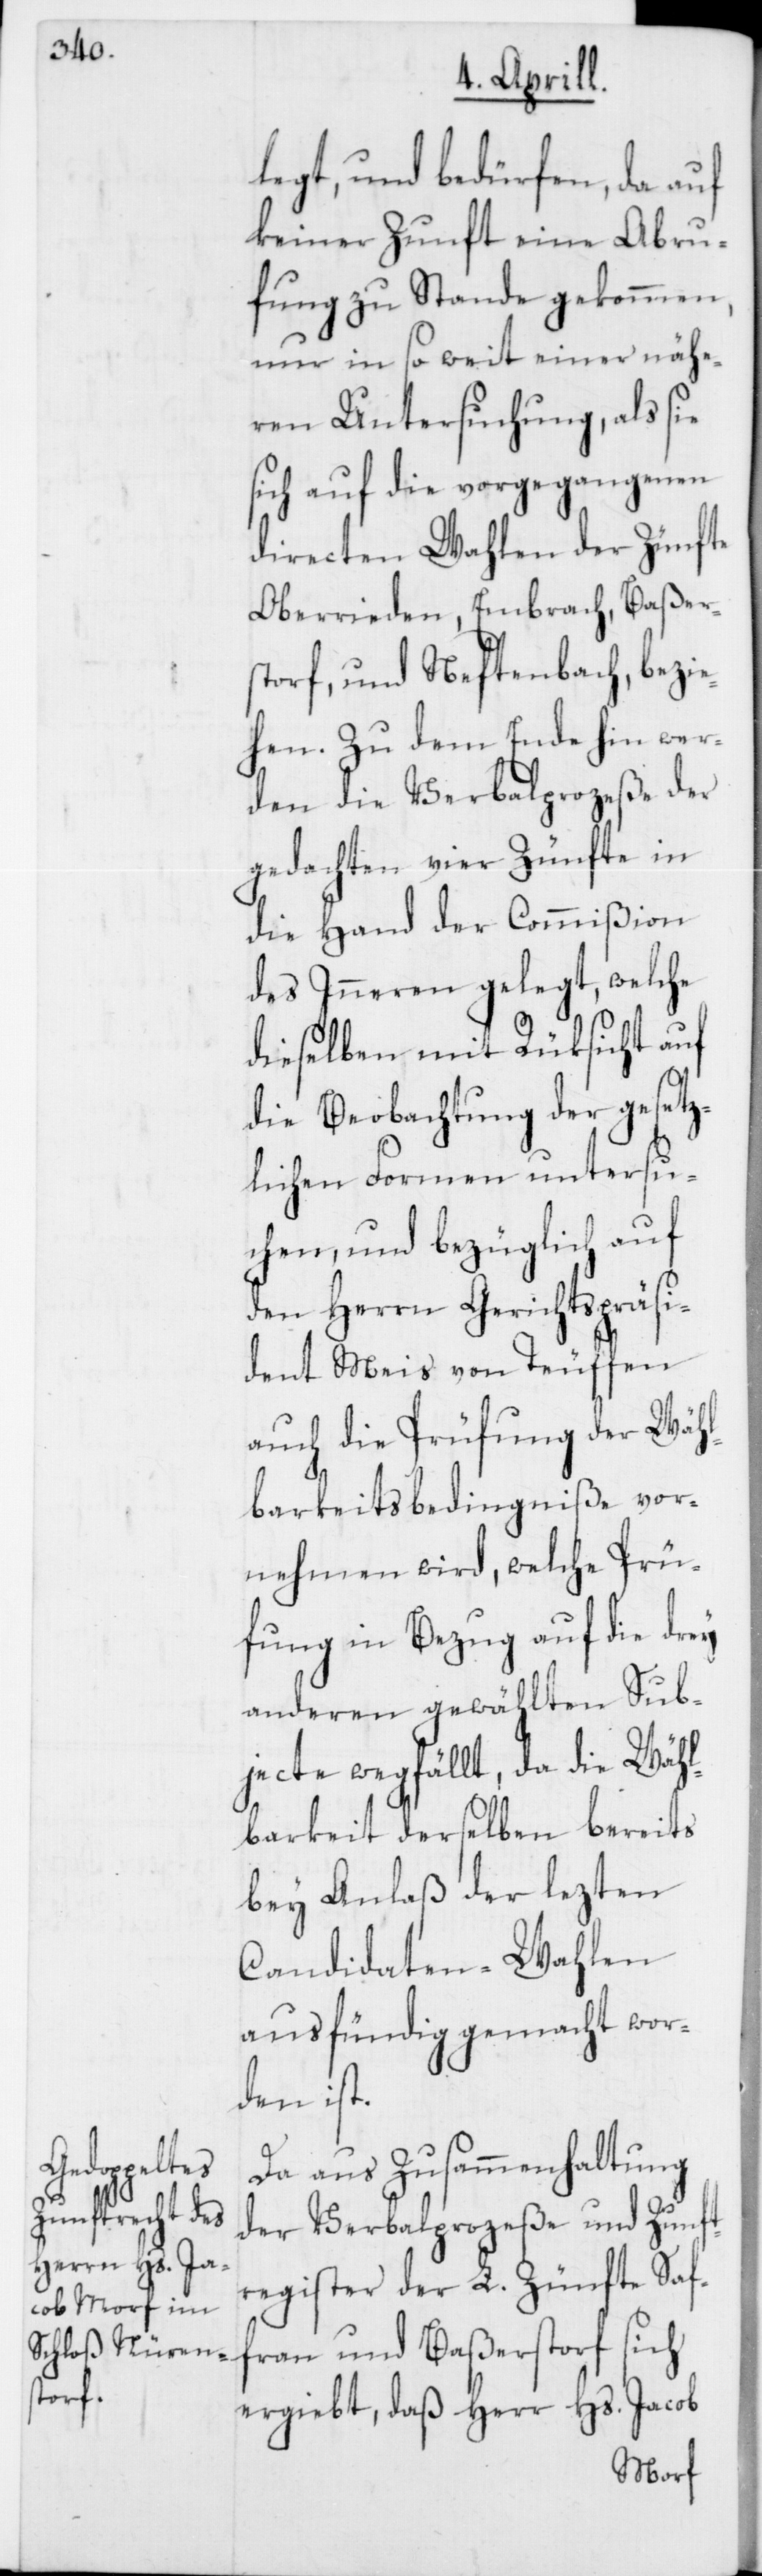
legt, und bedürfen, da auf
keiner Zunft eine Abru¬
fung zu Stande gekommen,
nur in so weit einer nähe¬
ren Untersuchung, als sie
sich auf die vorgegangenen
directen Wahlen der Zünfte
Oberrieden, Embrach, Baßer¬
storf, und Neftenbach, bezie¬
hen. Zu dem Ende hin wer¬
den die Verbalprozeße der
gedachten vier Zünfte in
die Hand der Commißion
des Inneren gelegt, welche
dieselben mit Rüksicht auf
die Beobachtung der gesetz¬
lichen Formen untersu¬
chen, und bezüglich auf
den Herrn Gerichtspräsi¬
dent Meis von Teuffen
auch die Prüfung der Wähl¬
barkeitsbedingniße vor¬
nehmen wird, welche Prü¬
fung in Bezug auf die drey
anderen gewählten Sub¬
jecte wegfällt, da die Wähl¬
barkeit derselben bereits
bey Anlaß der lezten
Candidaten-Wahlen
ausfündig gemacht wor¬
den ist.
Da aus Zusammenhaltung
der Verbalprozeße und Zunft¬
register der L. Zünfte Saf¬
fran und Baßerstorf sich
ergiebt, daß Herr Hs. Jacob